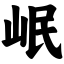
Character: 岷